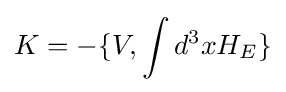
K=-\{V,\int d^{3}xH_{E}\}